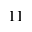
^ { 1 1 }